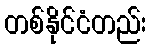
တစ်နိုင်ငံတည်း